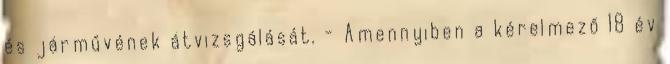
és járművének átvizsgálását. - Amennyiben a kérelmező 18 év